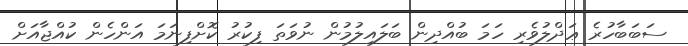
ސަބަބާހުރެ ޢަދްލުވެރި ހަމަ ބުއްދިން ބަލައިލުމުން ނުވަތަ ފިކުރު ކޮށްފިނަމަ އަންހެން ކުއްޖާއަށް